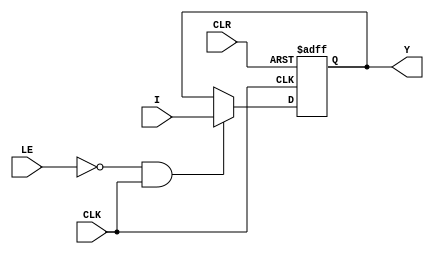
//Register of 32 bits

module register_32_bits (output reg [31:0] Y, input [31:0] I,
			 input LE, CLR, CLK);

always @ (posedge CLK, negedge CLR)

if (!CLR) 
   
    Y <= 32'h00000000; //Clear es active low, 0 = clear y 1 = no esta clear

else if ((LE == 0) && (CLK == 1)) 
          
    Y = I;

endmodule